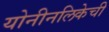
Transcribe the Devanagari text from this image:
योनीनलिकेची